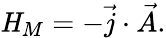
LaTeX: {\mathit H}_{M}=-\vec{j}\cdot\vec{A}.